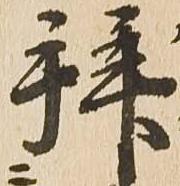
拝